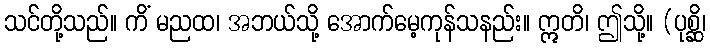
သင်တို့သည်။ ကိံ မညထ၊ အဘယ်သို့ အောက်မေ့ကုန်သနည်း။ ဣတိ၊ ဤသို့။ (ပုစ္ဆိ၊